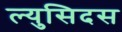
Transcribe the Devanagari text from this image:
ल्युसिदस